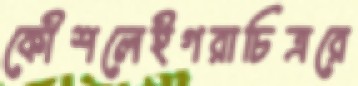
কৌশলেইগরাচিত্ররে